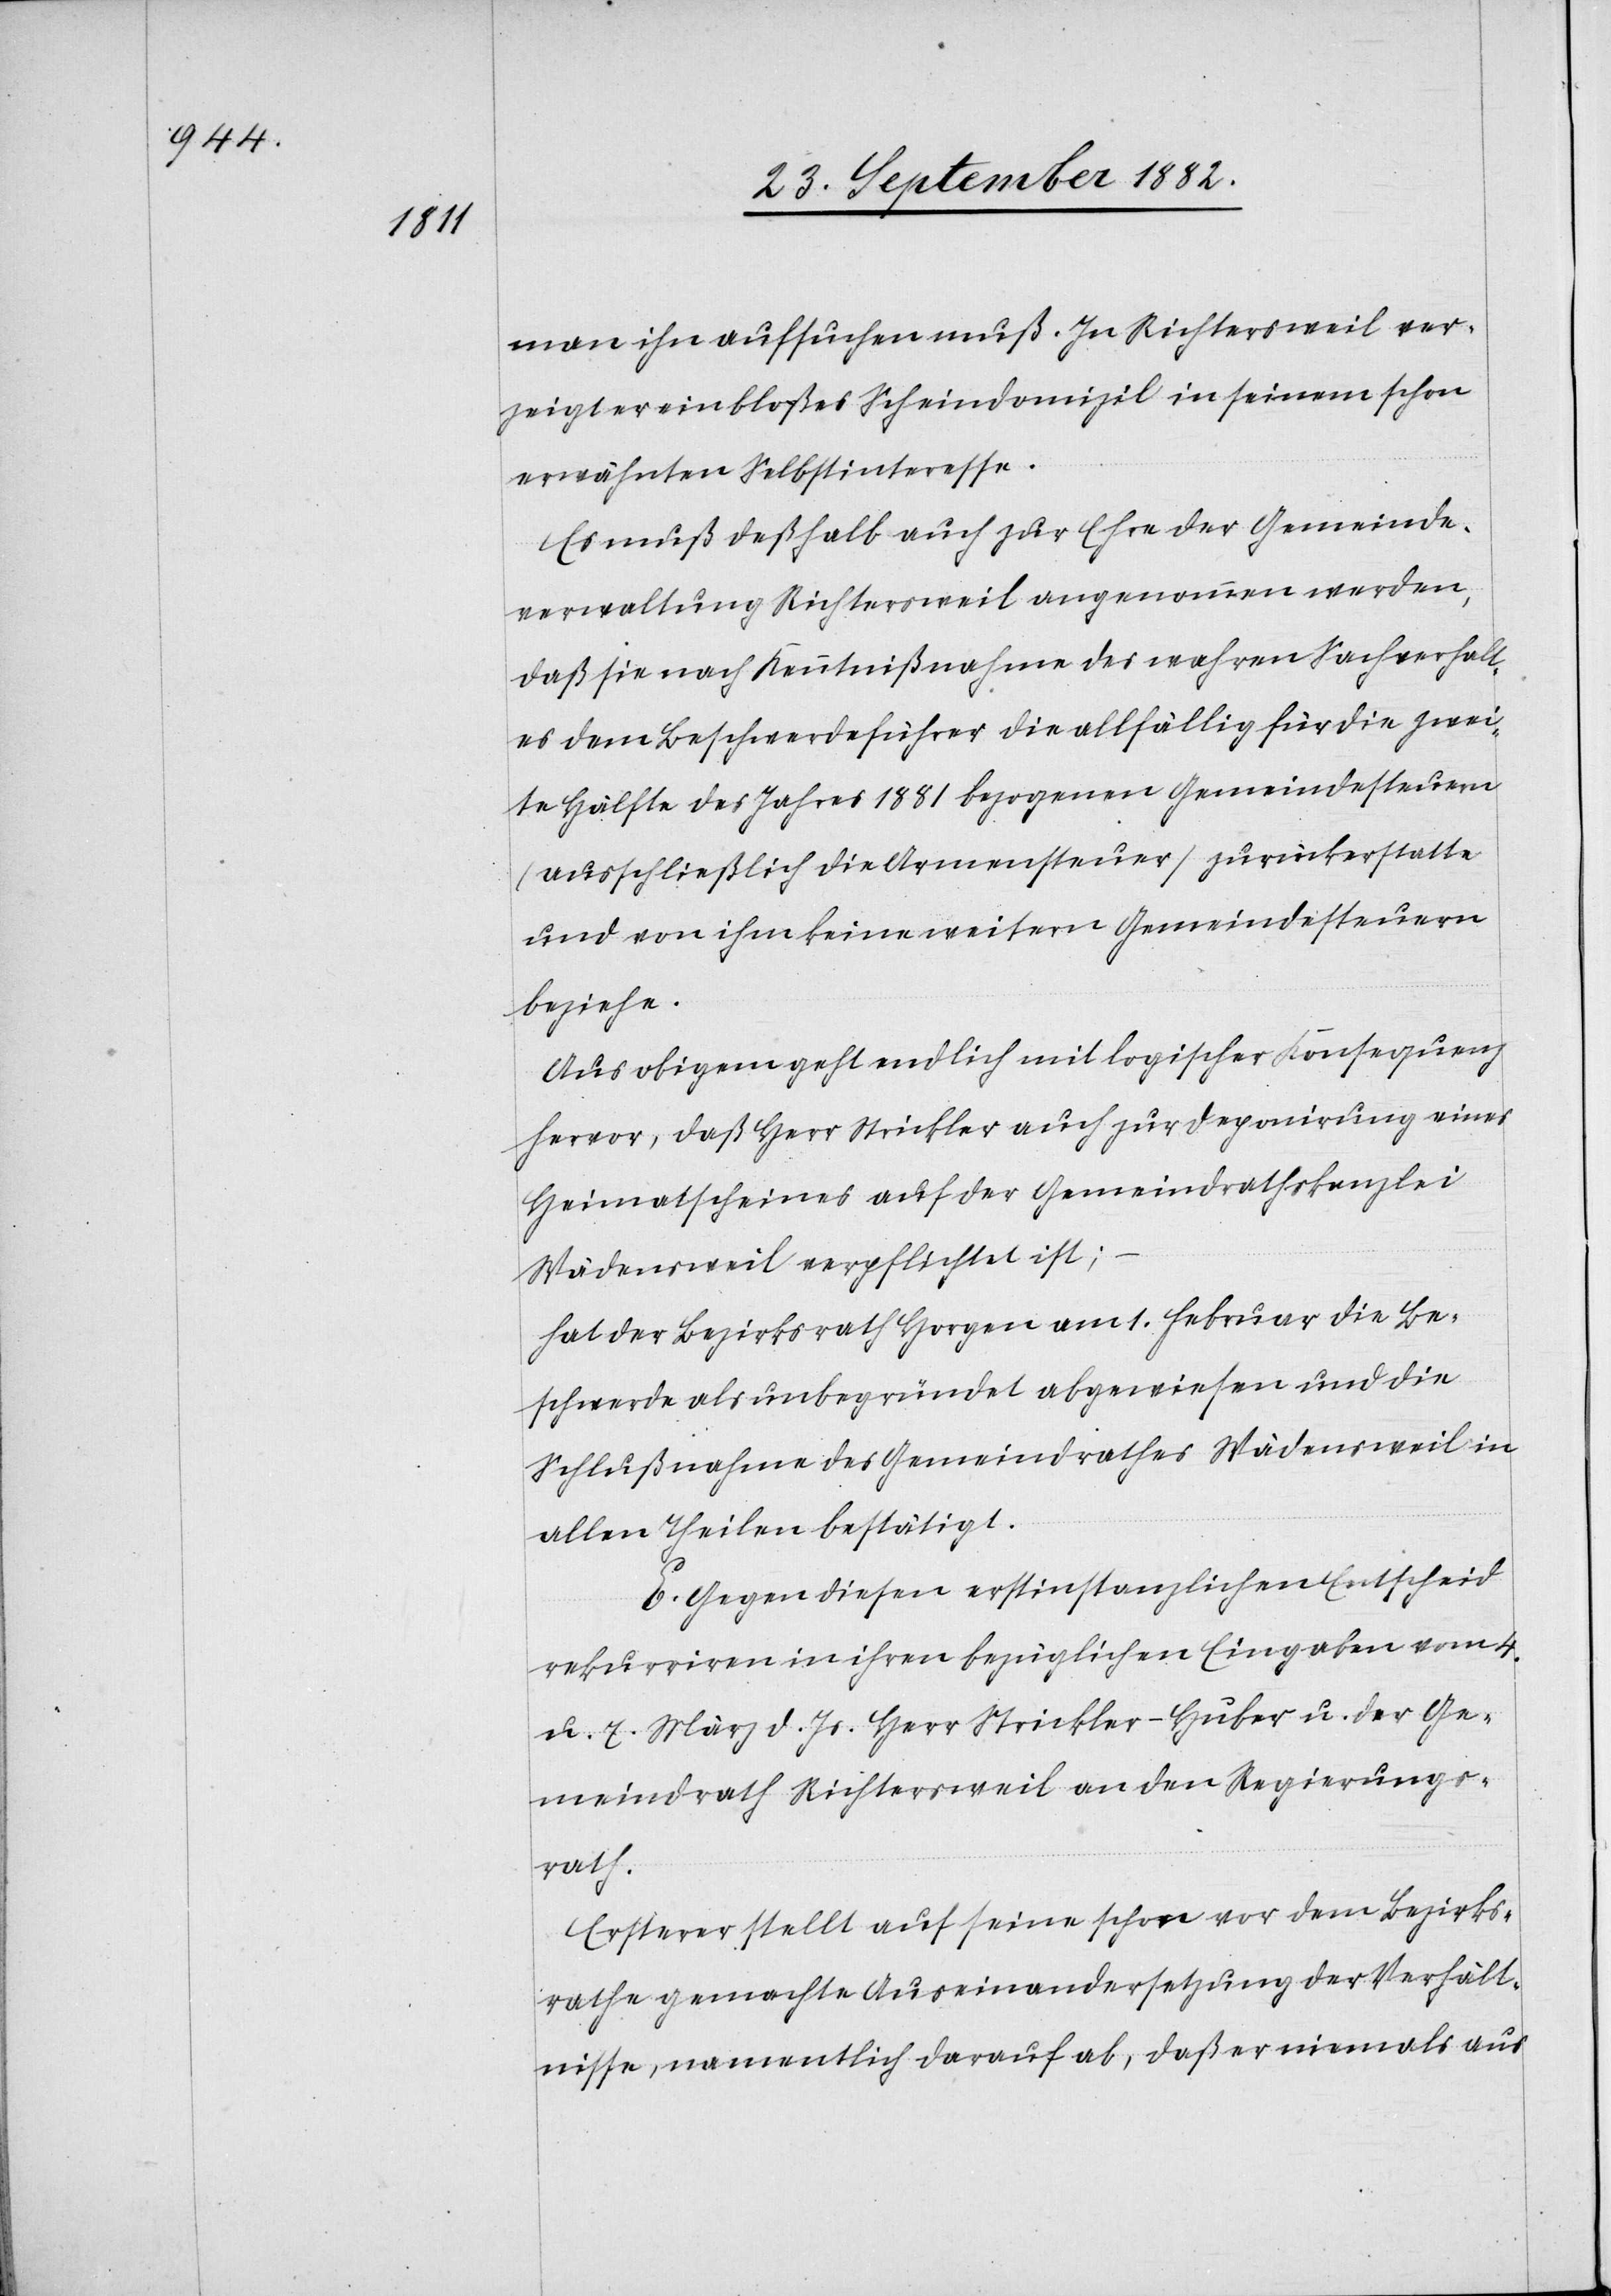
man ihn aufsuchen muß. In Richtersweil ver¬
zeigt er ein bloßes Scheindomizil in seinem schon
erwähnten Selbstinteresse.
Es muß deßhalb auch zur Ehre der Gemeinde¬
verwaltung Richtersweil angenommen werden,
daß sie nach Kenntnißnahme des wahren Sachverhalt¬
es dem Beschwerdeführer die allfällig für die zwei¬
te Hälfte des Jahres 1881 bezogenen Gemeindesteuern
ausschließlich die Armensteuer zurückerstatte
und von ihm keine weitere Gemeindesteuern
beziehe.
Aus obigem geht endlich mit logischer Konsequenz
hervor, daß Herr Strickler auch zur Deponirung eines
Heimatscheines auf der Gemeindrathskanzlei
Wädensweil verpflichtet ist;
hat der Bezirksrath am 1. Februar die Be¬
schwerde als unbegründet abgewiesen und die
Schlußnahme des Gemeindrathes Wädensweil in
allen Theilen bestätigt.
E. Gegen diesen erstinstanzlichen Entscheid
rekurriren in ihren bezüglichen Eingaben vom 4.
u. 7. März d. Js. Herr Strickler-Huber u. der Ge¬
meindrath Richtersweil an den Regierungs¬
rath.
Ersterer stellt auf seine schon vor dem Bezirks¬
rathe gemachte Auseinandersetzung der Verhält¬
nisse, namentlich darauf ab, daß er niemals aus